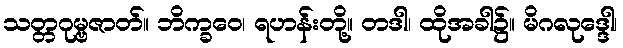
သတ္တဂုမ္ဗဇာတ်။ ဘိက္ခဝေ၊ ရဟန်းတို့။ တဒါ၊ ထိုအခါ၌။ မိဂလုဒ္ဒေါ၊